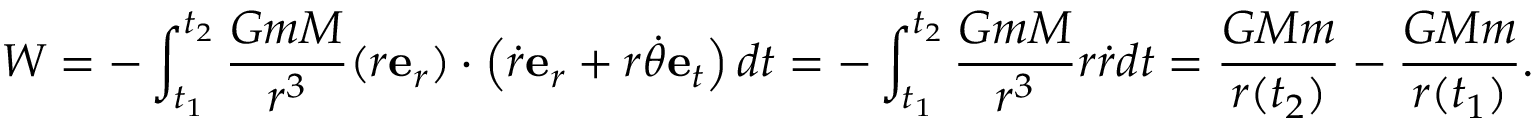
W = - \int _ { t _ { 1 } } ^ { t _ { 2 } } { \frac { G m M } { r ^ { 3 } } } ( r \mathbf { e } _ { r } ) \cdot \left( { \dot { r } } \mathbf { e } _ { r } + r { \dot { \theta } } \mathbf { e } _ { t } \right) d t = - \int _ { t _ { 1 } } ^ { t _ { 2 } } { \frac { G m M } { r ^ { 3 } } } r { \dot { r } } d t = { \frac { G M m } { r ( t _ { 2 } ) } } - { \frac { G M m } { r ( t _ { 1 } ) } } .